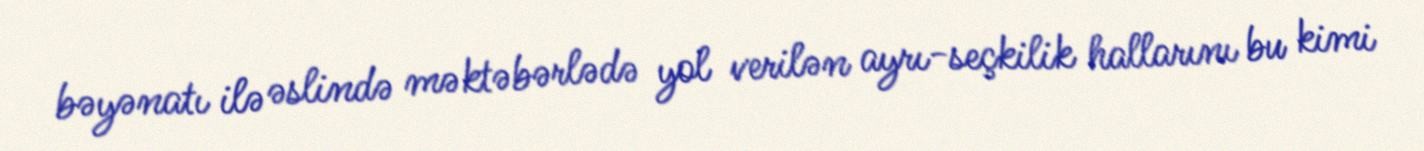
bəyənatı ilə əslində məktəbərlədə yol verilən ayrı-seçkilik hallarını bu kimi